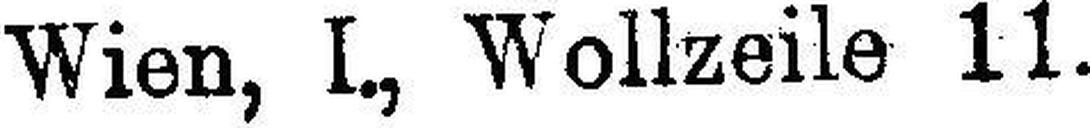
Wien, I., Wollzeile 11. 906